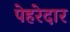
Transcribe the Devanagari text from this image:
पेहरेदार